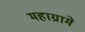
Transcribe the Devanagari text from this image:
महाग्रामे